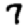
Digit: 7